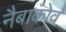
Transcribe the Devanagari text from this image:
नैबाकोव